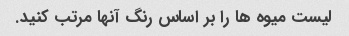
لیست میوه ها را بر اساس رنگ آنها مرتب کنید.